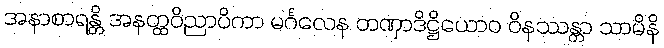
အနာစာရန္တိ အနတ္ထဝိညာပိကာ မင်္ဂလေန တဏှာဒိဋ္ဌိယောဝ ဝိနဿန္တာ သာမိနိ